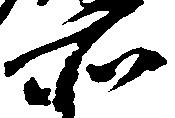
所